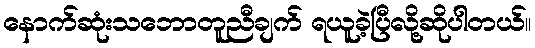
နောက်ဆုံးသဘောတူညီချက် ရယူခဲ့ပြီလို့ဆိုပါတယ်။